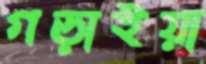
গড়াইয়া